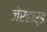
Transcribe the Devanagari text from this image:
जेरहार्ड